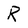
Character: R